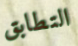
التطابق